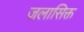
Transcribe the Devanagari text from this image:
जलासिक्त